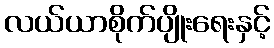
လယ်ယာစိုက်ပျိုးရေးနှင့်